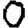
Digit: 0